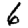
Digit: 6